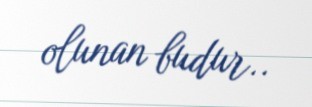
olunan budur..